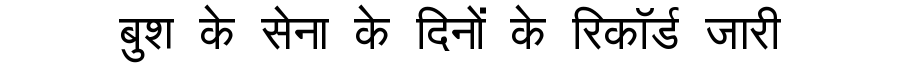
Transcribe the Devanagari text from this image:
बुश के सेना के दिनों के रिकॉर्ड जारी